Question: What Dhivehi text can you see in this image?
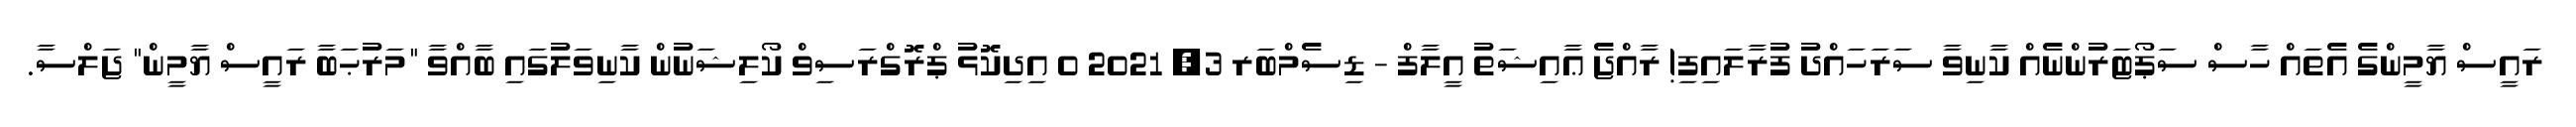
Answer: ރައީސް ޔާމީންގެ އެތައް ހާސް ސަޕޯޓަރުންނެއް ކާނިވާ ސަރަހައްދު ފުރާލައިފި! ރާއްޖެ ޢާއިޝަތު އީލާފް - ޑިސެމްބަރ 3, 2021 0 އިދިކޮޅު ޕްރޮގްރަސިވް ކޯލިޝަނުން ކާނިވަލުގައި ބާއްވާ "މަރުޙަބާ ރައީސް ޔާމީން" ޖަލްސާ.